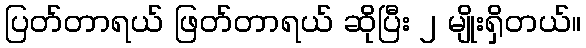
ပြတ်တာရယ် ဖြတ်တာရယ် ဆိုပြီး ၂ မျိုးရှိတယ်။